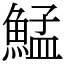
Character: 鯭